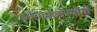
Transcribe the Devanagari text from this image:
पूर्वरंगमात्रोपयोगी